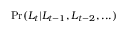
\operatorname* { P r } ( L _ { t } | L _ { t - 1 } , L _ { t - 2 } , . . . )